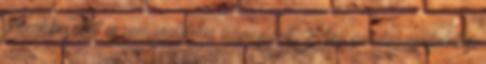
páccal készített és nem végletekig agyonsózott, E-ben gazdag csodálatos,